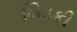
ખિડકી